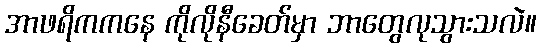
အာဖရိကကနေ ကိုလိုနီခေတ်မှာ ဘာတွေလုသွားသလဲ။